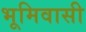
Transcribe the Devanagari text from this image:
भूमिवासी